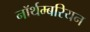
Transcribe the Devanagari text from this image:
नॉर्थम्बरियन